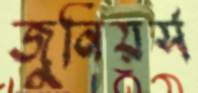
জুনিয়র্স